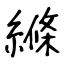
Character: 縧